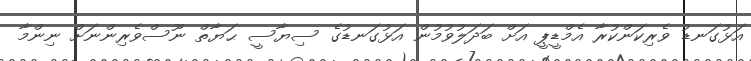
އަޅުގަނޑު ވެރިކަންކުރާ އެމްޑީޕީ އަށް ބަދަލުވުމުން އަޅުގަނޑުގެ ސިޔާސީ ޙަޔާތް ނޫސްވެރިންނަށް ނިންމާ